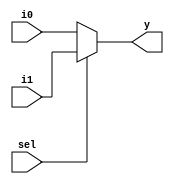
module mux21(y, sel, i1, i0);
		output reg y;
		input sel, i1, i0;
		
		always @ (sel, i1, i0)
				if(sel)
					y <= i1;
				else 
					y <= i0;
endmodule